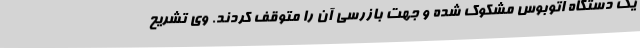
یک دستگاه اتوبوس مشکوک شده و جهت بازرسی آن را متوقف کردند. وی تشریح